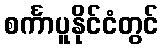
စင်္ကာပူနိုင်ငံတွင်